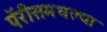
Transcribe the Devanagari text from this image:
पॅरीसमधल्या